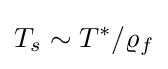
T_{s}\sim T^{*}/\varrho _{f}